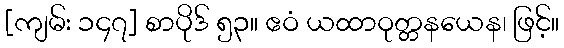
[ကျမ်း ၁၄၇] စာပိုဒ် ၅၃။ ဧဝံ ယထာဝုတ္တနယေန၊ ဖြင့်။